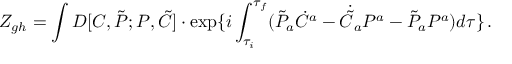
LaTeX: Z _ { g h } = \int D [ C , \tilde { \cal P } ; { \cal P } , \tilde { C } ] \cdot \exp \{ i \int _ { \tau _ { i } } ^ { \tau _ { f } } ( \tilde { \cal P } _ { a } \dot { C } ^ { a } - \dot { \tilde { C } } _ { a } { \cal P } ^ { a } - \tilde { \cal P } _ { a } { \cal P } ^ { a } ) d \tau \} \, .